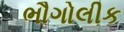
ભૌગોલીક